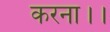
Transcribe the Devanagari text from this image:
करना।।